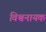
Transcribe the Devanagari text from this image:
विश्वनायक